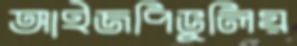
আইজপিভুলিয়